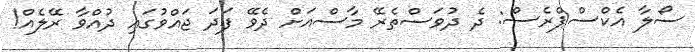
ސޯލާ އެކްސްޕްރެސް: ދެ ދުވަސްތެރޭ މާސްއަށް ދެވޭ ފަދަ ޖައްވުގައި ދުއްވާ ރޭލެއް!